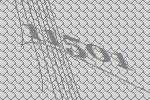
11501